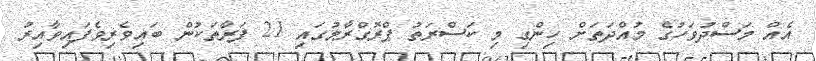
އެއް މަސްދުވަހުގެ މުއްދަތަށް ހިންގި މި ކަސްރަތު ޕްރޮގްރާމުގައި 21 ފަރާތަކުން ބައިވެރިވެފައިވާއިރު